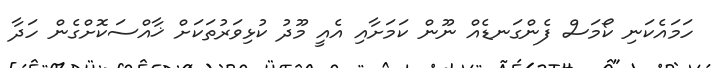
ހަމައެކަނި ކޯމަސް ފެންގަނޑެއް ނޫން ކަމަށާއި އެއީ މޫދު ކުޅިވަރުތަކަށް ޚާއްސަކޮށްގެން ހަދާ